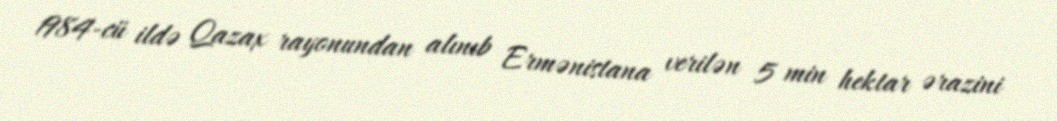
1984-cü ildə Qazax rayonundan alınıb Ermənistana verilən 5 min hektar ərazini